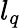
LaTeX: l_{q}